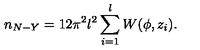
n _ { N - Y } = 1 2 \pi ^ { 2 } l ^ { 2 } \sum _ { i = 1 } ^ { l } W ( \phi , z _ { i } ) .